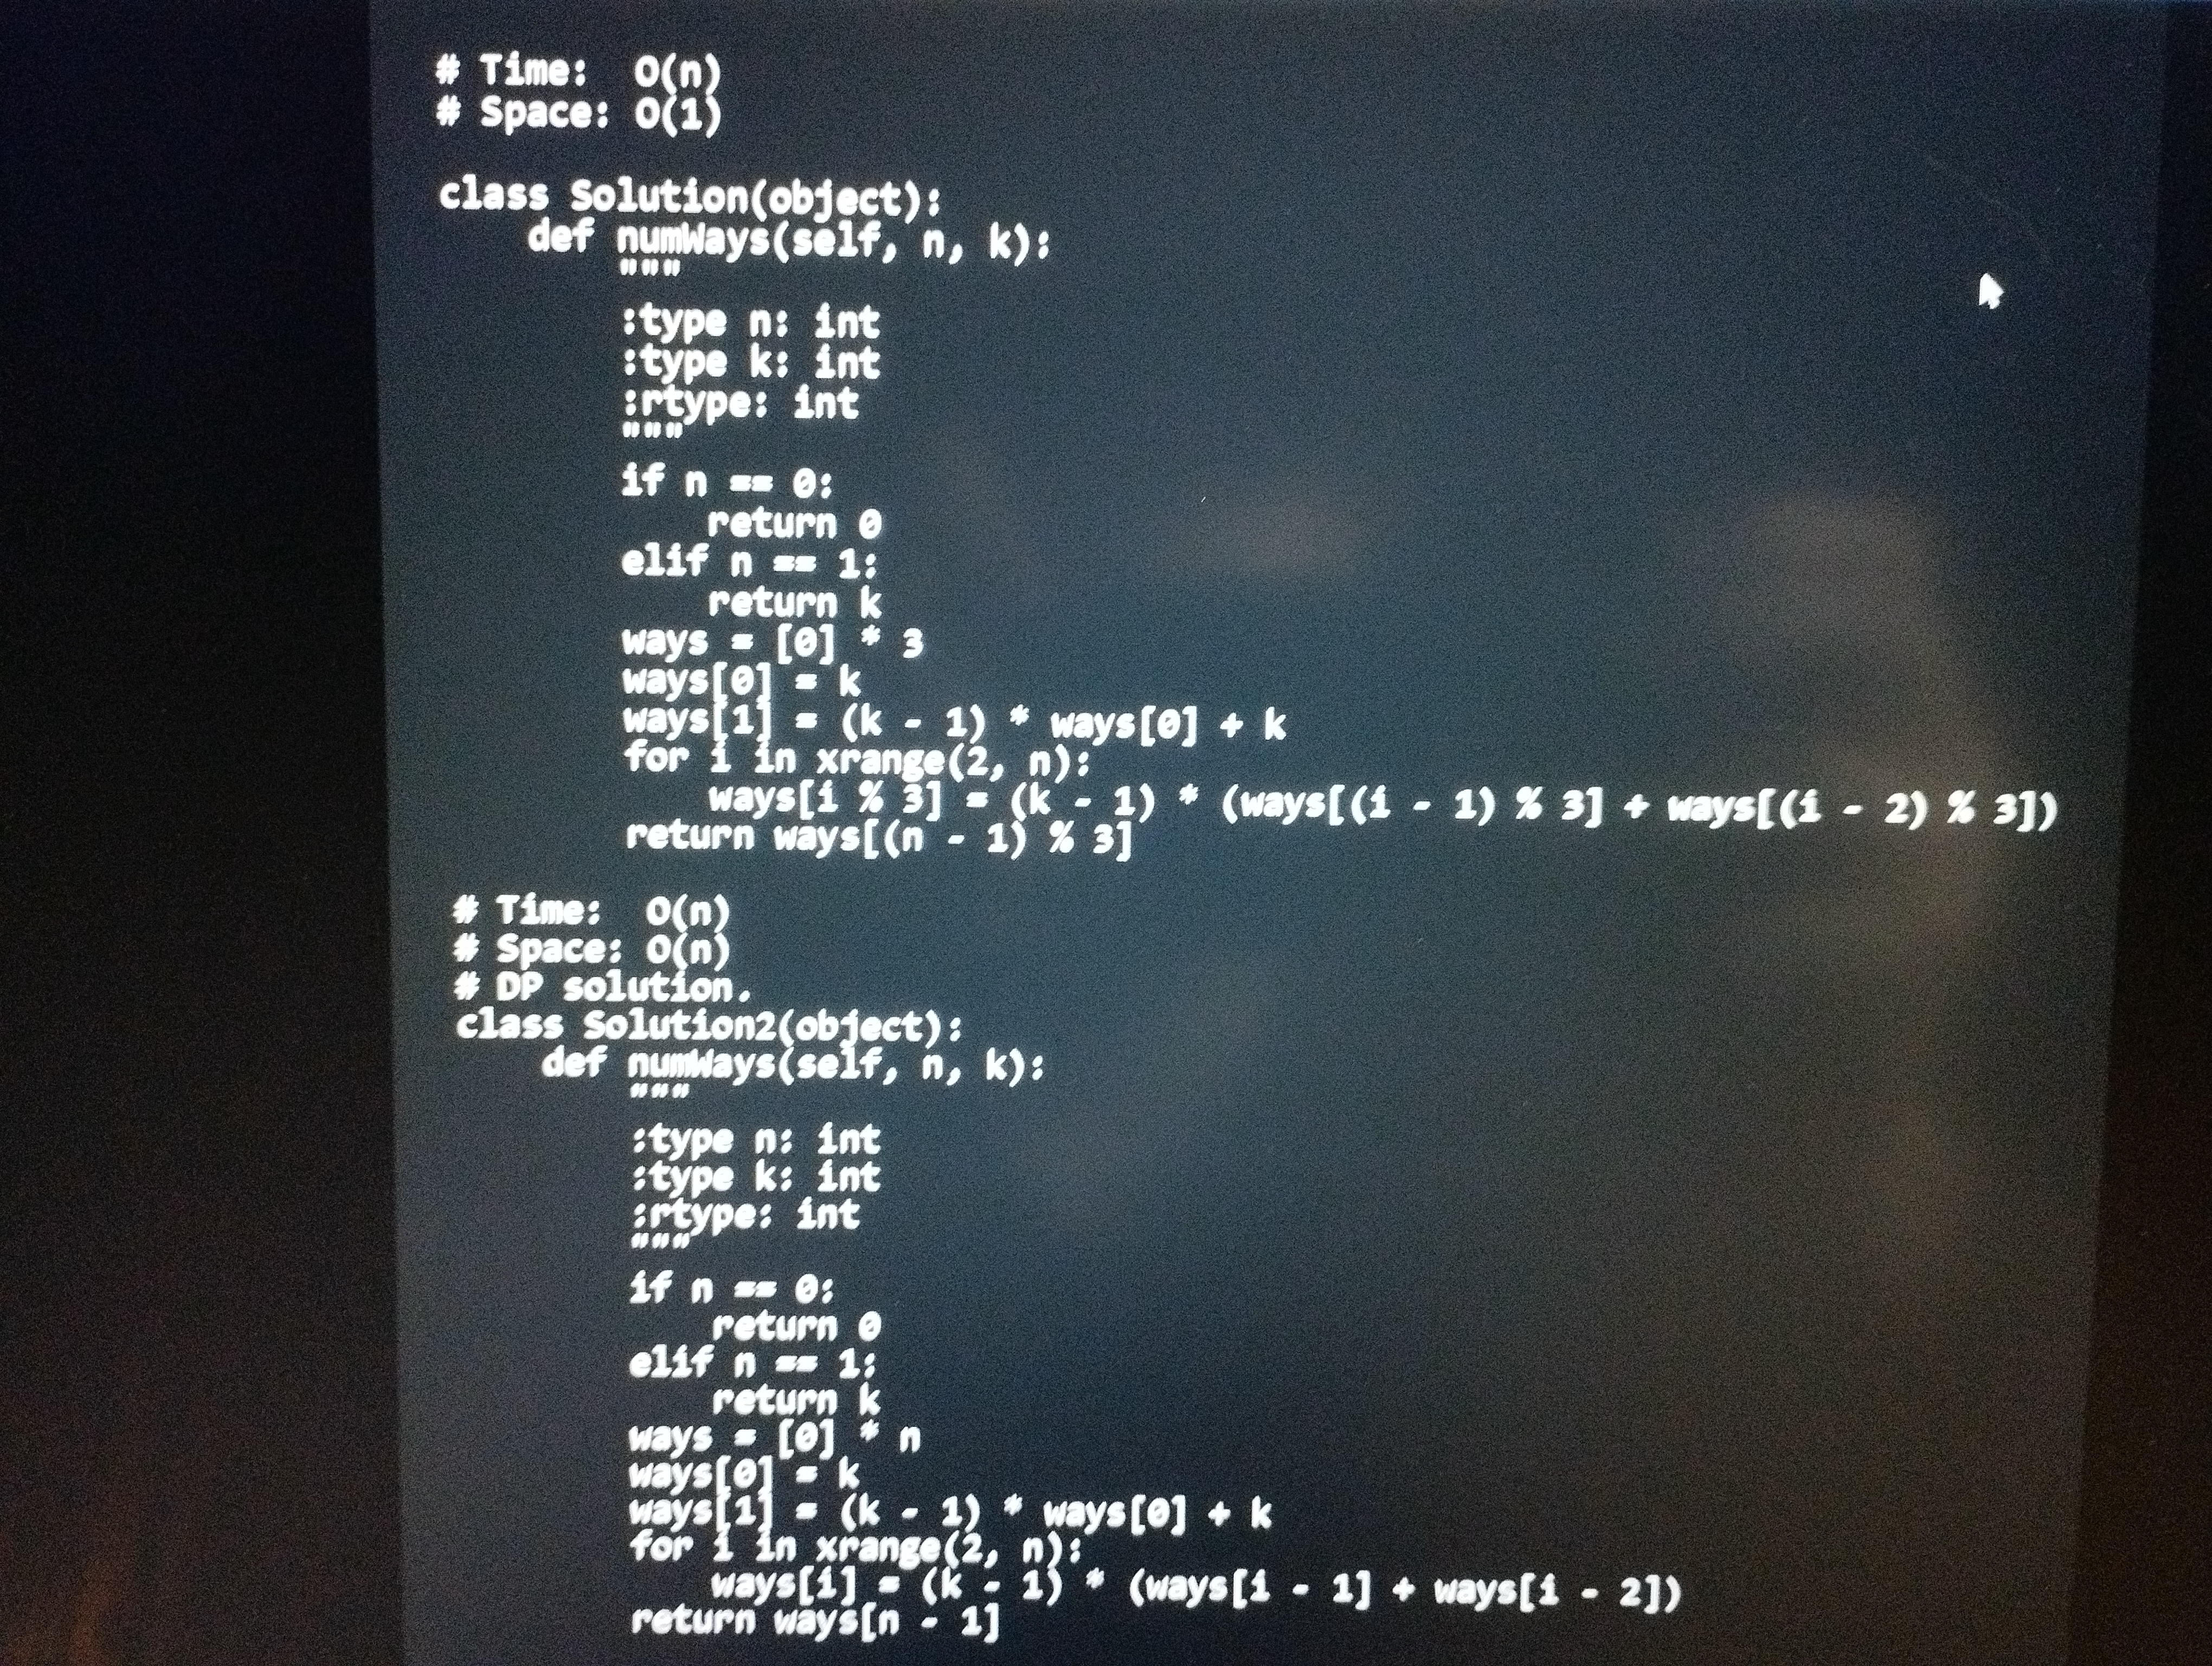
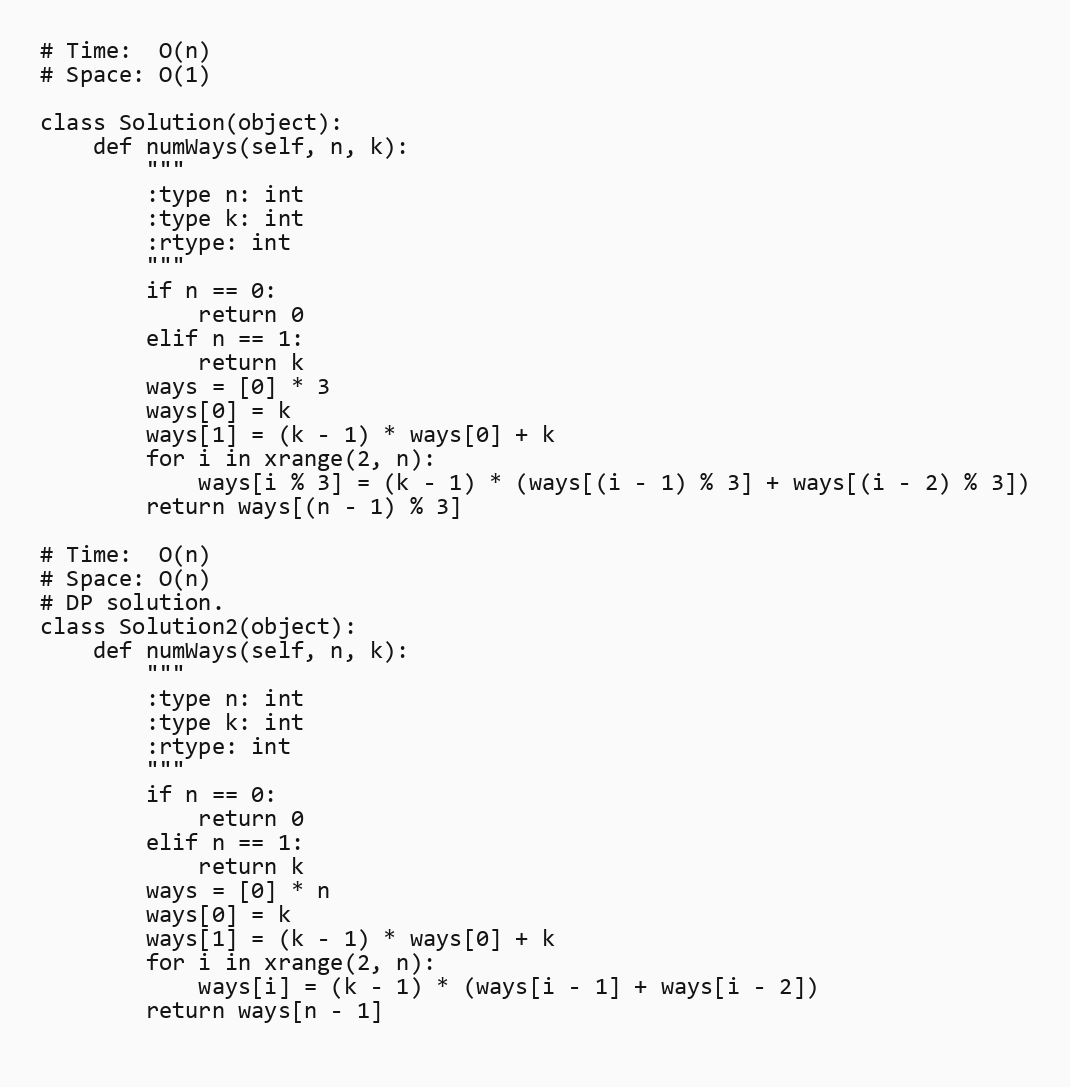
# Time:  O(n)
# Space: O(1)

class Solution(object):
    def numWays(self, n, k):
        """
        :type n: int
        :type k: int
        :rtype: int
        """
        if n == 0:
            return 0
        elif n == 1:
            return k
        ways = [0] * 3
        ways[0] = k
        ways[1] = (k - 1) * ways[0] + k
        for i in xrange(2, n):
            ways[i % 3] = (k - 1) * (ways[(i - 1) % 3] + ways[(i - 2) % 3])
        return ways[(n - 1) % 3]

# Time:  O(n)
# Space: O(n)
# DP solution.
class Solution2(object):
    def numWays(self, n, k):
        """
        :type n: int
        :type k: int
        :rtype: int
        """
        if n == 0:
            return 0
        elif n == 1:
            return k
        ways = [0] * n
        ways[0] = k
        ways[1] = (k - 1) * ways[0] + k
        for i in xrange(2, n):
            ways[i] = (k - 1) * (ways[i - 1] + ways[i - 2])
        return ways[n - 1]